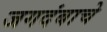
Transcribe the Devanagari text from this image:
जगदंबाचे